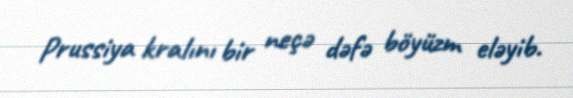
Prussiya kralını bir neçə dəfə böyüzm eləyib.